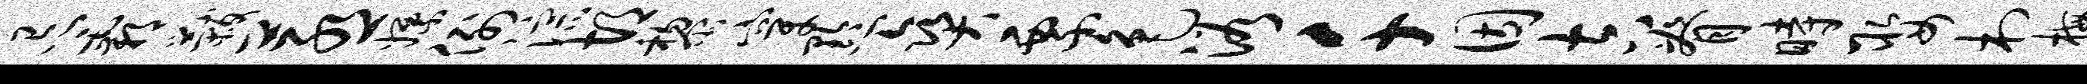
忌霸黻蒸嫖例淙胡黎穿黔爽票色浴千因吉脊时娶村梅